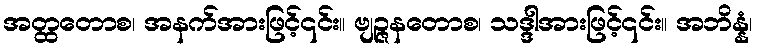
အတ္ထတောစ၊ အနက်အားဖြင့်၎င်း။ ဗျဉ္ဇနတောစ၊ သဒ္ဒါအားဖြင့်၎င်း။ အဘိန္နံ၊